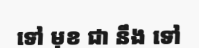
ទៅ មុខ ជា នឹង ទៅ